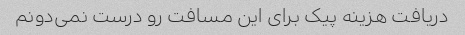
دریافت هزینه پیک برای این مسافت رو درست نمی‌دونم